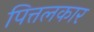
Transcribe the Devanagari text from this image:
पित्तलकार